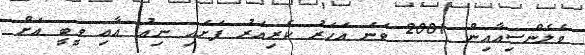
ވެލެންސިއާއިން 2001 ވަނަ އަހަރު ކެރިއަރު ފަށައި ނިއު އާއި ވީބީ އަށް